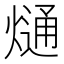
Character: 熥